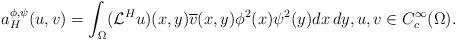
LaTeX: \begin{align*}a^{\phi, \psi}_H(u,v)=\int_{\Omega}(\mathcal {L}^H u)(x,y) \overline{v}(x,y)\phi^2(x)\psi^2(y) dx\,dy,u,v\in C^{\infty}_c(\Omega).\end{align*}